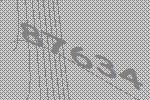
87634